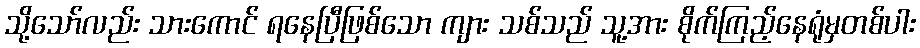
သို့သော်လည်း သားကောင် ရနေပြီဖြစ်သော ကျား သစ်သည် သူ့အား စိုက်ကြည့်နေရုံမှတစ်ပါး